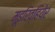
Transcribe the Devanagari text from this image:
मूइरिव्हियेर